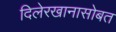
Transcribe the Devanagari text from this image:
दिलेरखानासोबत